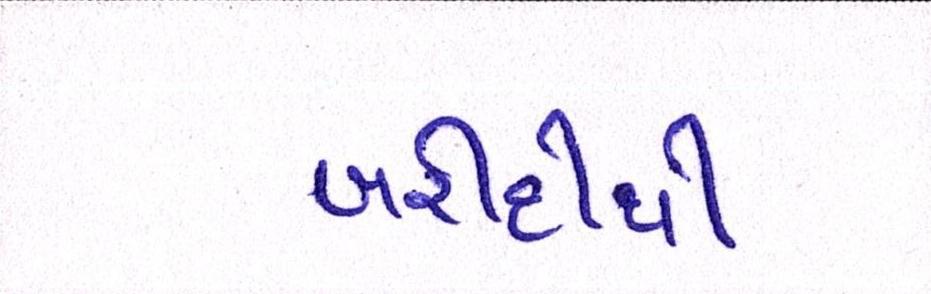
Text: ખરીદીથી